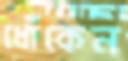
ধোঁকেন